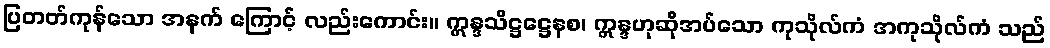
ပြတတ်ကုန်သော အနက် ကြောင့် လည်းကောင်း။ ဣန္ဒသိဋ္ဌဋ္ဌေနစ၊ ဣန္ဒဟုဆိုအပ်သော ကုသိုလ်ကံ အကုသိုလ်ကံ သည်